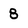
Character: 8